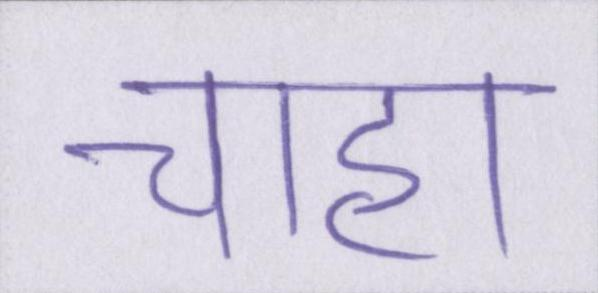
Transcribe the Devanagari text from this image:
चाहा